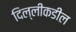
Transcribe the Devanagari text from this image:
दिल्लीकडील